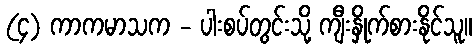
(၄) ကာကမာသက - ပါးစပ်တွင်းသို့ ကျီးနှိုက်စားနိုင်သူ။